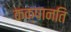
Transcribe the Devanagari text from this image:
कक्षानति